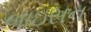
બાઇસન